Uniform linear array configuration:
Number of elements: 64
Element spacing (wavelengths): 0.75
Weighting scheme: uniform
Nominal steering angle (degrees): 0
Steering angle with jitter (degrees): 0.3371
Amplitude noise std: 0.05
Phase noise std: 0.05

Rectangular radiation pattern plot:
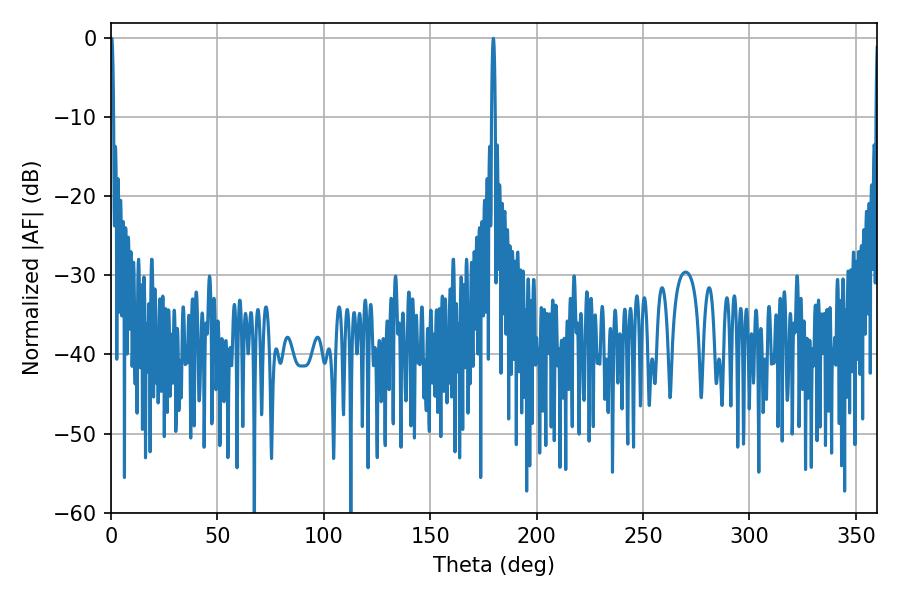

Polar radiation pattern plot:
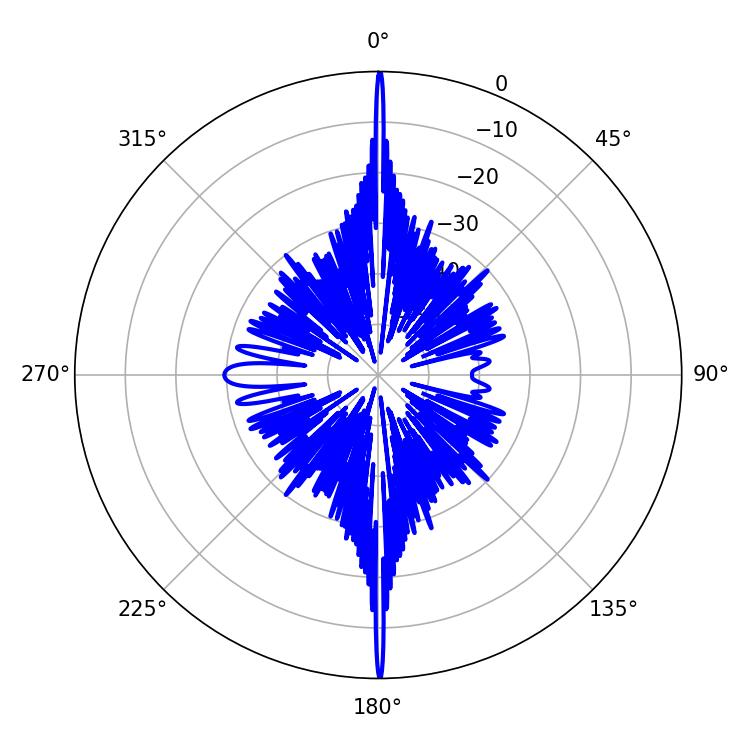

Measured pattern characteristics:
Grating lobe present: TRUE
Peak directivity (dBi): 45.767
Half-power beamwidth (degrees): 0.9
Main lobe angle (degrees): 179.64